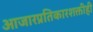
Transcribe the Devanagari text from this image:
आजारप्रतिकारशक्तीही